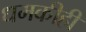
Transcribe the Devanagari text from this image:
धमकीही